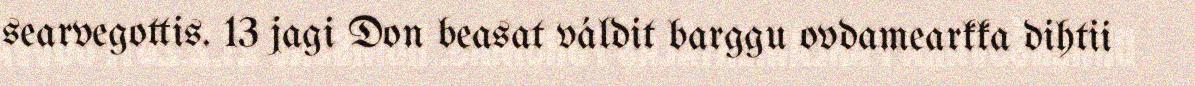
searvegottis. 13 jagi Don beasat váldit barggu ovdamearkka dihtii